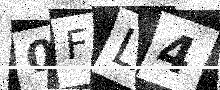
Text: 0FL4